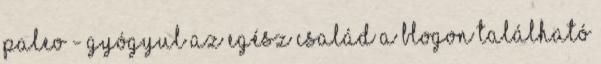
Paleo - gyógyul az egész család A blogon található